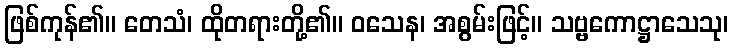
ဖြစ်ကုန်၏။ တေသံ၊ ထိုတရားတို့၏။ ဝသေန၊ အစွမ်းဖြင့်။ သဗ္ဗကောဋ္ဌာသေသု၊